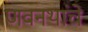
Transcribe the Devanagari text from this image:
णवनथांचे